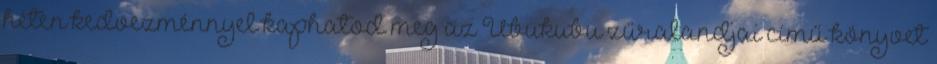
héten kedvezménnyel kaphatod meg az Ubukubu zűralandjai című könyvet